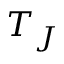
T _ { J }